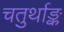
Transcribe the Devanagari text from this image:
चतुर्थाङ्क